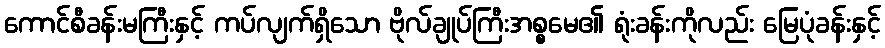
ကောင်စီခန်းမကြီးနှင့် ကပ်လျက်ရှိသော ဗိုလ်ချုပ်ကြီးအစ္စမေ၏ ရုံးခန်းကိုလည်း မြေပုံခန်းနှင့်